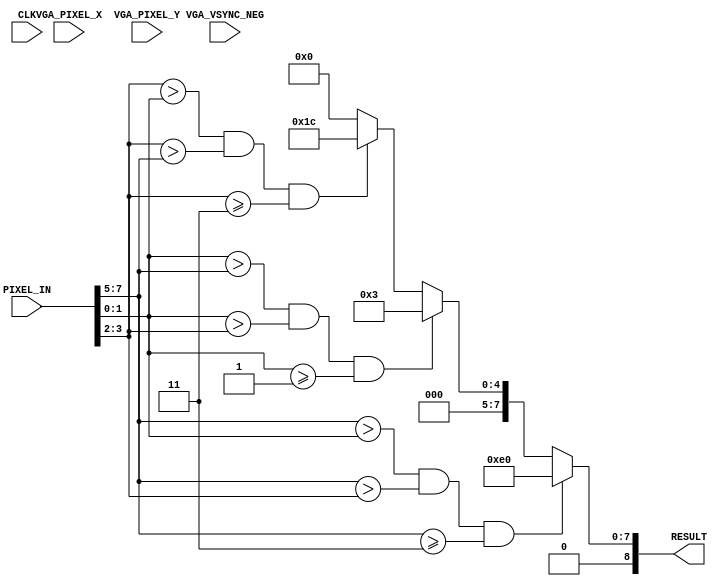
`define SCREEN_WIDTH 176
`define SCREEN_HEIGHT 144
`define NUM_BARS 3
`define BAR_HEIGHT 48

module IMAGE_PROCESSOR (
	PIXEL_IN,
	CLK,
	VGA_PIXEL_X,
	VGA_PIXEL_Y,
	VGA_VSYNC_NEG,
	RESULT
);


//=======================================================
//  PORT declarations
//=======================================================
input	[7:0]	PIXEL_IN;
input 		CLK;

input [9:0] VGA_PIXEL_X;
input [9:0] VGA_PIXEL_Y;
input			VGA_VSYNC_NEG;

output [8:0] RESULT;
reg  [8:0] res;

localparam RED = 8'b111_000_00;
localparam GREEN = 8'b000_111_00;
localparam BLUE = 8'b000_000_11;

wire [2:0] red_comp;
wire [2:0] blue_comp;
wire [1:0] green_comp;

assign red_comp = PIXEL_IN[7:5];
assign green_comp = PIXEL_IN[4:2];
assign blue_comp = PIXEL_IN[1:0];
assign RESULT = res;

always @ (VGA_PIXEL_X, VGA_PIXEL_Y) begin
	if ( (red_comp > blue_comp) && (red_comp > green_comp) && (red_comp >= 3'd3) ) 
		res = RED;
	else if ( (blue_comp > red_comp) && (blue_comp > green_comp) && (blue_comp >= 2'd1) )
		res = BLUE;		
	else if ( (green_comp > blue_comp) && (green_comp > red_comp) && (green_comp >= 3'd3) ) 
		res = GREEN;
	else
		res = 8'b0;
end


endmodule